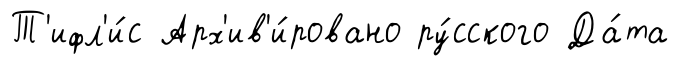
Т'ифл'и́с Арх'ив'и́ровано ру́сского Да́та